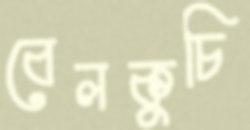
বেলকুচি